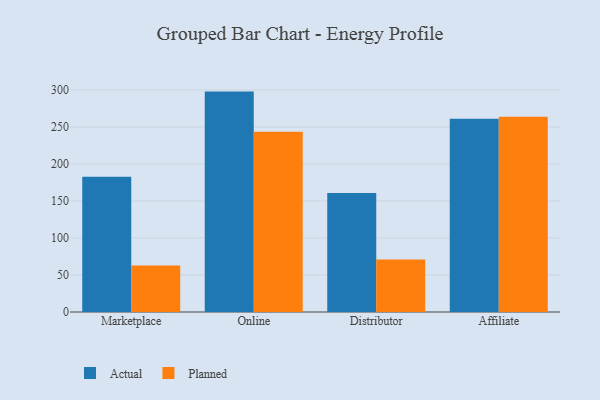
{"axis": {"x": "Channel", "y": "Revenue (USD Million)"}, "legend": ["Actual", "Planned"], "data": [{"x": "Marketplace", "y": 182.7, "type": "Actual"}, {"x": "Marketplace", "y": 62.8, "type": "Planned"}, {"x": "Online", "y": 297.8, "type": "Actual"}, {"x": "Online", "y": 243.4, "type": "Planned"}, {"x": "Distributor", "y": 160.7, "type": "Actual"}, {"x": "Distributor", "y": 70.9, "type": "Planned"}, {"x": "Affiliate", "y": 261.1, "type": "Actual"}, {"x": "Affiliate", "y": 263.8, "type": "Planned"}]}